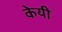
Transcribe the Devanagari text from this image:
केयी